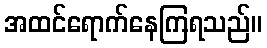
အထင်ရောက်နေကြရသည်။